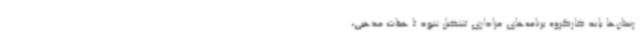
رستان‌ها باید کارگروه برنامه‌های عزاداری تشکیل شود تا هیئات مذهبی،